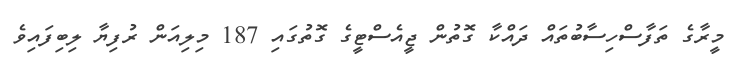
މީރާގެ ތަފާސްހިސާބުތައް ދައްކާ ގޮތުން ޖީއެސްޓީގެ ގޮތުގައި 187 މިލިއަން ރުފިޔާ ލިބިފައިވެ